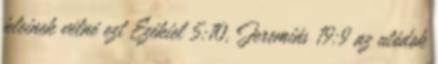
jeleinek vélné ezt Ezékiel 5:10, Jeremiás 19:9 az utódok